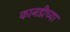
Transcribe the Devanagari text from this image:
कानडीच्या